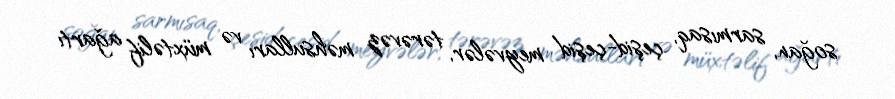
soğan, sarmısaq, çeşid-çeşid meyvələr, tərəvəz məhsulları və müxtəlif ağartı